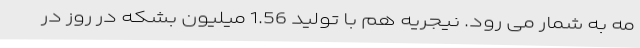
مه به شمار می رود. نیجریه هم با تولید 1.56 میلیون بشکه در روز در